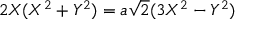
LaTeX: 2 X ( X ^ { 2 } + Y ^ { 2 } ) = a { \sqrt { 2 } } ( 3 X ^ { 2 } - Y ^ { 2 } )